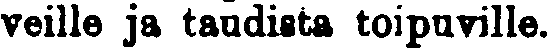
veille ja taudista toipuville.